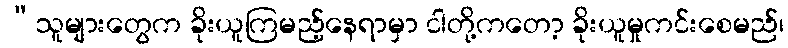
“သူများတွေက ခိုးယူကြမည့်နေရာမှာ ငါတို့ကတော့ ခိုးယူမှုကင်းစေမည်၊